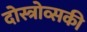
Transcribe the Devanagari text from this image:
दोस्त्रोव्सकी